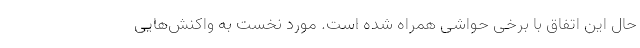
حال این اتفاق با برخی حواشی همراه شده است. مورد نخست به واکنش‌هایی